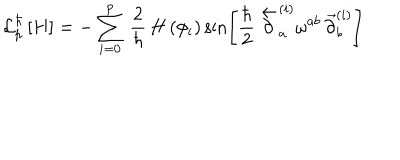
{ \cal L } _ { p } ^ { \hbar } \left[ H \right] = - \sum _ { i = 0 } ^ { p } \, \frac { 2 } { \hbar } \, H \left( \phi _ { i } \right) \sin \left[ \frac { \hbar } { 2 } \, \stackrel { \leftarrow } { \partial } _ { a } ^ { ( i ) } \omega ^ { a b } \, \stackrel { \rightarrow } { \partial } _ { b } ^ { ( i ) } \right]